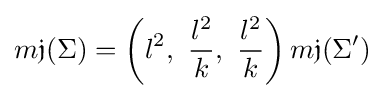
m{\mathfrak {j}}(\Sigma )=\left(l^{2},\ {\frac {l^{2}}{k}},\ {\frac {l^{2}}{k}}\right)m{\mathfrak {j}}(\Sigma ')